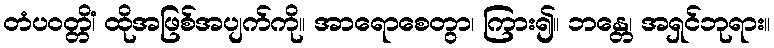
တံပဝတ္တိံ၊ ထိုအဖြစ်အပျက်ကို။ အာရောစေတွာ၊ ကြား၍။ ဘန္တေ၊ အရှင်ဘုရား။